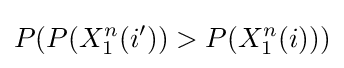
P(P(X_{1}^{n}(i'))>P(X_{1}^{n}(i)))